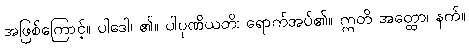
အဖြစ်ကြောင့်။ ပါဒေါ၊ ၏။ ပါပုဏိယတိ၊ ရောက်အပ်၏။ ဣတိ အတ္ထော၊ နက်။